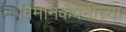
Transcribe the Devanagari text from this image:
विमानकंपनीच्या